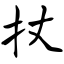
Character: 杖